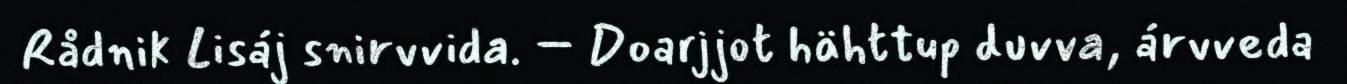
Rådnik Lisáj snirvvida. – Doarjjot hähttup duvva, árvveda